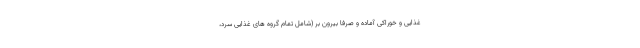
غذایی و خوراکی آماده و صرفا بیرون بر (شامل تمام گروه های غذایی سرد،